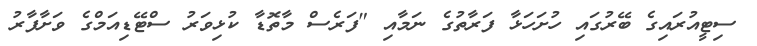
ސިޓީއުރައިގެ ބޭރުގައި ހުށަހަޅާ ފަރާތުގެ ނަމާއި "ފަރެސް މާތޮޑާ ކުޅިވަރު ސްޓޭޑިއަމްގެ ވަށާފާރު